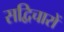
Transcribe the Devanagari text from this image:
सद्विचारों